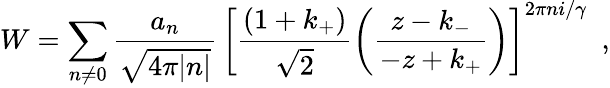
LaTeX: W=\sum_{n\ne 0}\frac{a_{n}}{\sqrt{4\pi|n|}}\, \left[\frac{(1+k_{+})}{\sqrt{2}}\left(\frac{z-k_{-}}{-z+k_{+}}\right)\right]^{2\pi ni/\gamma}\ \ ,